Medical and sanitary report of the native army of Madras for the year
Year: 1876
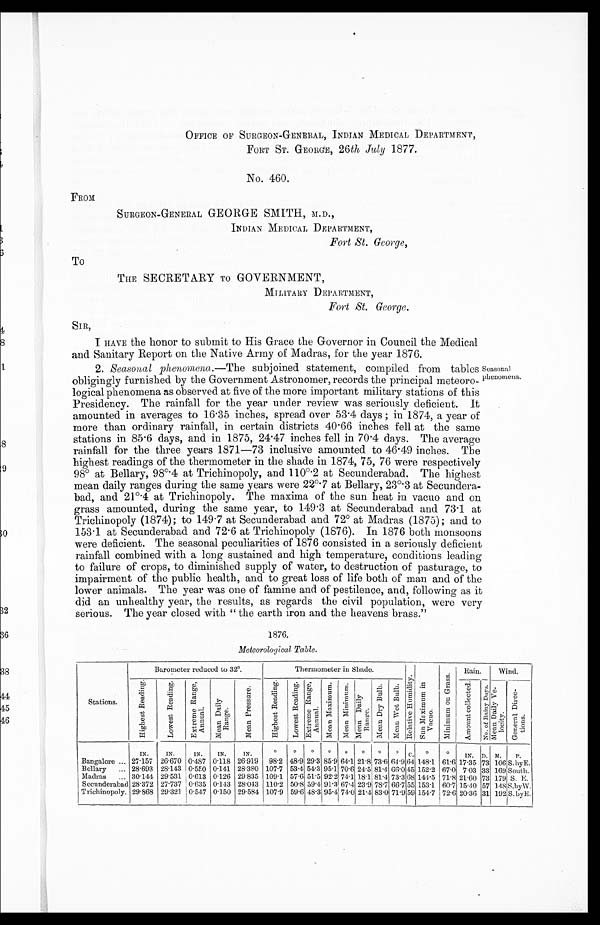
OFFICE OF SURGEON-GENERAL, INDIAN MEDICAL DEPARTMENT,
FORT ST. GEORGE, 26 th July 1877.
No. 460.
FROM
SURGEON-GENERAL GEORGE SMITH, M.D.,
INDIAN MEDICAL DEPARTMENT,
Fort St. George,
To
THE SECRETARY TO GOVERNMENT,
Fort St. George.
SIR,
I HAVE the honor to submit to His Grace the Governor in Council the Medical
and Sanitary Report on the Native Army of Madras, for the year 1876.
2. Seasoital phenomena.—The subjoined statement, compiled from tables
obligingly furnished by the Government Astronomer, records the principal meteoro
-logical phenomena as observed at five of the more important military stations of this
Presidency. The rainfall for the year under review was seriously deficient. It
amounted in averages to 16.35 inches, spread over 53.4 days; in 1874, a year of
more than ordinary rainfall, in certain districts 40.66 inches fell at the same
stations in 85.6 days, and in 1875, 24.47 inches fell in 70.4 days. The average
rainfall for the three years 1871—73 inclusive amounted to 46.49 inches. The
highest readings of the thermometer in the shade in 1874, 75, 76 were respectively
98° at Bellary, 98°4
at Trichinopoly, and 110°.2 at Secunderabad. The highest
mean daily ranges during the same years were 22°7 at Bellary, 23°.3 at Secundera
-bad, and 21°.4 at Trichinopoly. The maxima of the sun heat in vacuo and on
grass amounted, during the same year, to 149.3 at Secunderabad and 73.1 at
Trichinopoly (1874); to 149.7 at Secunderabad and 72° at Madras (1875); and to
153.1 at Secunderabad and 72v6 at Trichinopoly (1876). In 1876 both monsoon,
were deficient. The seasonal peculiarities of 1876 consisted in a seriously deficient
rainfall combined with a long sustained and high temperature, conditions leading
to failure of crops, to diminished supply of water, to destruction of pasturage, to
impairment of the public health, and to great loss of life both of man and of the
lower animals. The year was one of famine and of pestilence, and, following as it
did an unhealthy year, the results, as regards the civil population, were very
serious. The year closed with " the earth iron and the heavens brass."
Seasonal
phenomena.
1876.
Meteorological Table.
S t a t i o n s .
Barometer reduced to 32°.
Thermometer in Shade.
R e l a t i v e H u m i d i t y . S u n M a x i m u m i n V a c n o .
M i n i m u m o n G r a s s .
R a i n .
W i n d .
H i g h e s t R e a d i n g .
L o w e s t R e a d i n g .
E x t r e e n R a n g e , A n n u a l .
M e a n D a i l y R a n g e .
M e a n P r e s s u r e .
H i g h e s t R e a d i n g .
L o w e s t R e a d i n g .
E x t r e m e R a n g e , A n n u a l .
M e a n M a x i m u m .
M e a n M i n i m u m .
M e a n D a i l y R a n g e .
M e a n D r y B u l d .
M e a n W e t B u l b .
A m o u n t c o l l e c t e d .
N o . o f R a i n y D a y s .
M e a n D a i l y V e - l o c i t y .
G e n e r a l D i r e c - t i o n s .
I N .
I N .
I N .
I N .
I N .°°°°°°°°C .°°I N .
D . M .
P .
B a n g a l o r e
27.157 26.670 0.487 0.118 26.919 98.2 48.9 29.3 85.9 64.1 21.8 73.6 64.9 64 148.1 61.6 17.35 73 106
S . b y E .
B e l l a r y 28.693 28.143 0.550 0.141 28.380 107.7 53.4 54.3 95.1 70.6 24.5 81.4 66.0 45 152.2 67.0 7.03
3 3 1 6 9
S o u t h .
M a d r a s 30.144 29.531 0.613 0.126 29.835 109.1 57.6 51.5 92.2 74.1 1.8.1 81.4 73.3 68 144.5 71.8 21.60 73 179
S . E .
S e c u n d e r a b a d 28.372 27.737 0.635 0.143 28.043 110.2 50.8 59.4 91.3 67.4 23.9 78.7 66.7 55 153.1 60.7 15.40 57 148
S . b y W .
T r i c h i n o p o l y . 29.868 29.321 0.547 0.150 29.584 107.9 59.6 48.3 95.4 74.0 21.4 83.0 71.9 59 154.7 72.6 20.36 31 192
S . b y E .